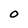
Character: O